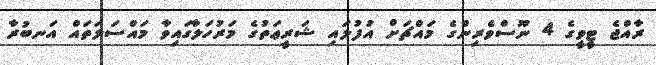
ރާއްޖެ ޓީވީގެ 4 ނޫސްވެރިންގެ މައްޗަށް އުފުލައި ޝަރީޢަތުގެ މަރުހަލާގައިވާ މައްސަލަތައް އަނބުރާ